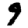
Digit: 9